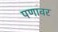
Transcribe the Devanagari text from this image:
पणावर